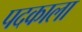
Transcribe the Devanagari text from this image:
पदकाला